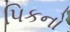
પિકનો